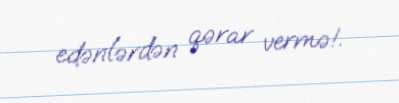
edənlərdən qərar vermə!.